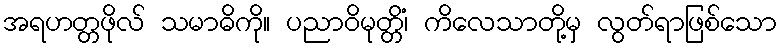
အရဟတ္တဖိုလ် သမာဓိကို။ ပညာဝိမုတ္တိံ၊ ကိလေသာတို့မှ လွတ်ရာဖြစ်သော